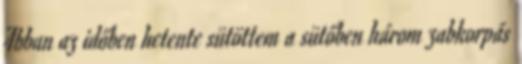
Abban az időben hetente sütöttem a sütőben három zabkorpás